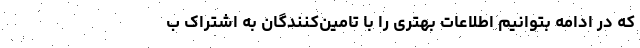
که در ادامه بتوانیم اطلاعات بهتری را با تامین‌کنندگان به اشتراک ب